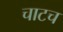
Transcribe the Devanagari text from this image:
चाटच